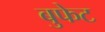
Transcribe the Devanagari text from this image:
बुफेट